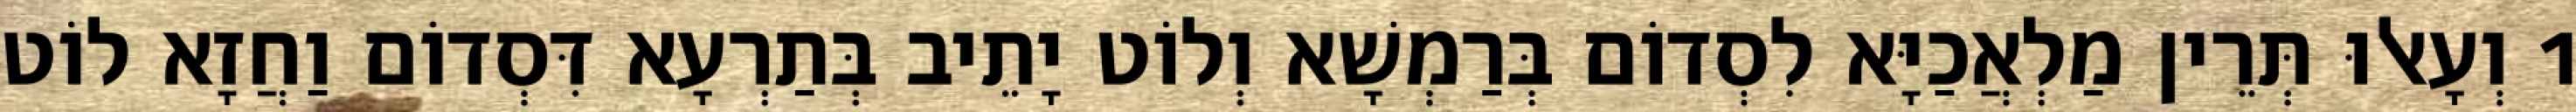
1 וְעָאלוּ תְּרֵין מַלְאֲכַיָּא לִסְדוֹם בְּרַמְשָׁא וְלוֹט יָתֵיב בְּתַרְעָא דִּסְדוֹם וַחֲזָא לוֹט